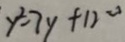
y ^ { 2 } - 7 y + 1 2